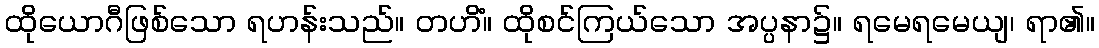
ထိုယောဂီဖြစ်သော ရဟန်းသည်။ တဟိံ။ ထိုစင်ကြယ်သော အပ္ပနာ၌။ ရမေရမေယျ၊ ရာ၏။